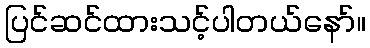
ပြင်ဆင်ထားသင့်ပါတယ်နော်။